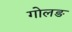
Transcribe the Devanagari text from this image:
गोलङ